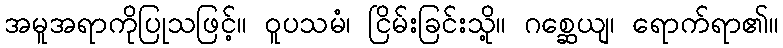
အမူအရာကိုပြုသဖြင့်။ ဝူပသမံ၊ ငြိမ်းခြင်းသို့။ ဂစ္ဆေယျ၊ ရောက်ရာ၏။